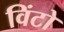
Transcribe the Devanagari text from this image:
विंटो